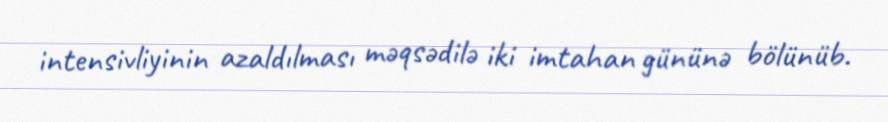
intensivliyinin azaldılması məqsədilə iki imtahan gününə bölünüb.